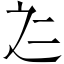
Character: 𱍻